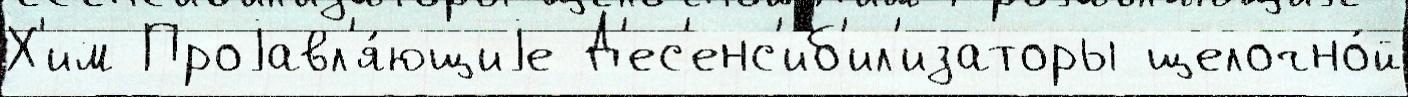
Х'им Проjавл'я́ющиjе Д'ес'енс'иб'ил'изаторы щелочно́й